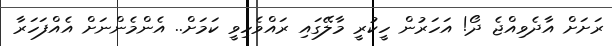
ރަށަށް އާދެވިއްޖެ ދޯ! އަހަރުން ހީކުރީ މާލޭގައި ރައްވެހިވީ ކަމަށް.. އެންމެންނަށް އެއްފަހަރާ